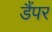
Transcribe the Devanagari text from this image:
डैंपर